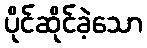
ပိုင်ဆိုင်ခဲ့သော